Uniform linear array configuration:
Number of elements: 48
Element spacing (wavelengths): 0.75
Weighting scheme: exponential
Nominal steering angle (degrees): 30
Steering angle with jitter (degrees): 29.49
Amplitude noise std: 0.05
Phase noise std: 0.05

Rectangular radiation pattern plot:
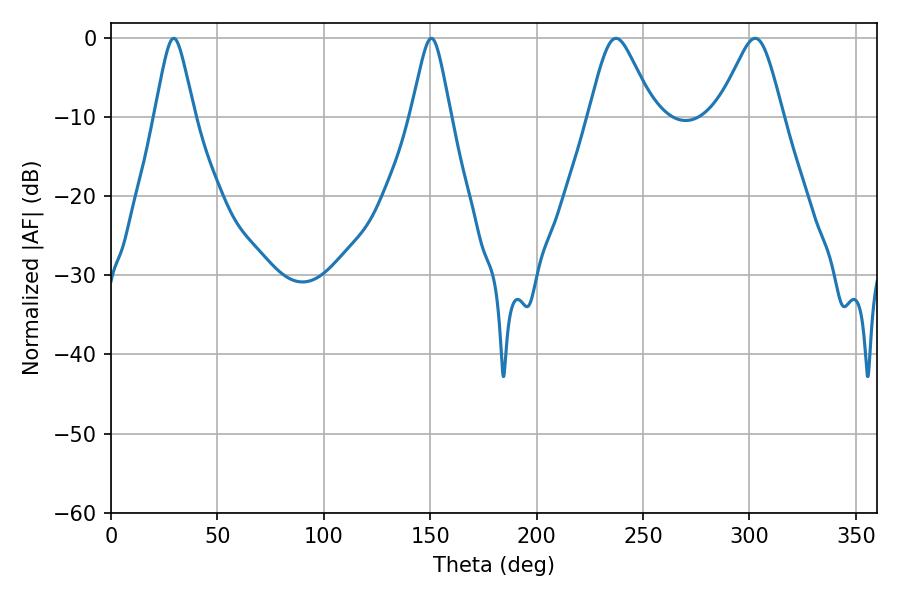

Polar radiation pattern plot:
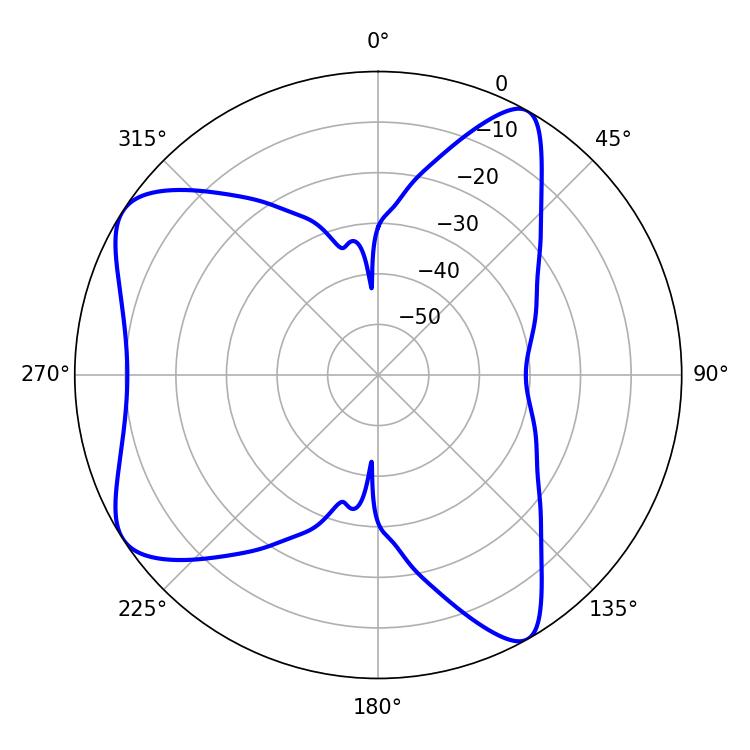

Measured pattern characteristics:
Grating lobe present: TRUE
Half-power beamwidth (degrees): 14.58
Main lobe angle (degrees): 237.24